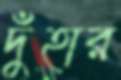
দুঁহার